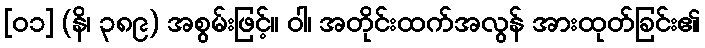
[၀၁] (နိ၊ ၃၈၉) အစွမ်းဖြင့်။ ဝါ၊ အတိုင်းထက်အလွန် အားထုတ်ခြင်း၏